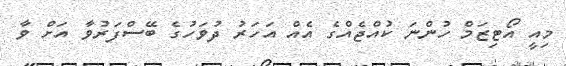
މިއީ އޯޓިޒަމް ހުންނަ ކުއްޖެއްގެ އެއް އަހަރު ދުވަހުގެ ބޭސްފަރުވާ އަށް ވާ